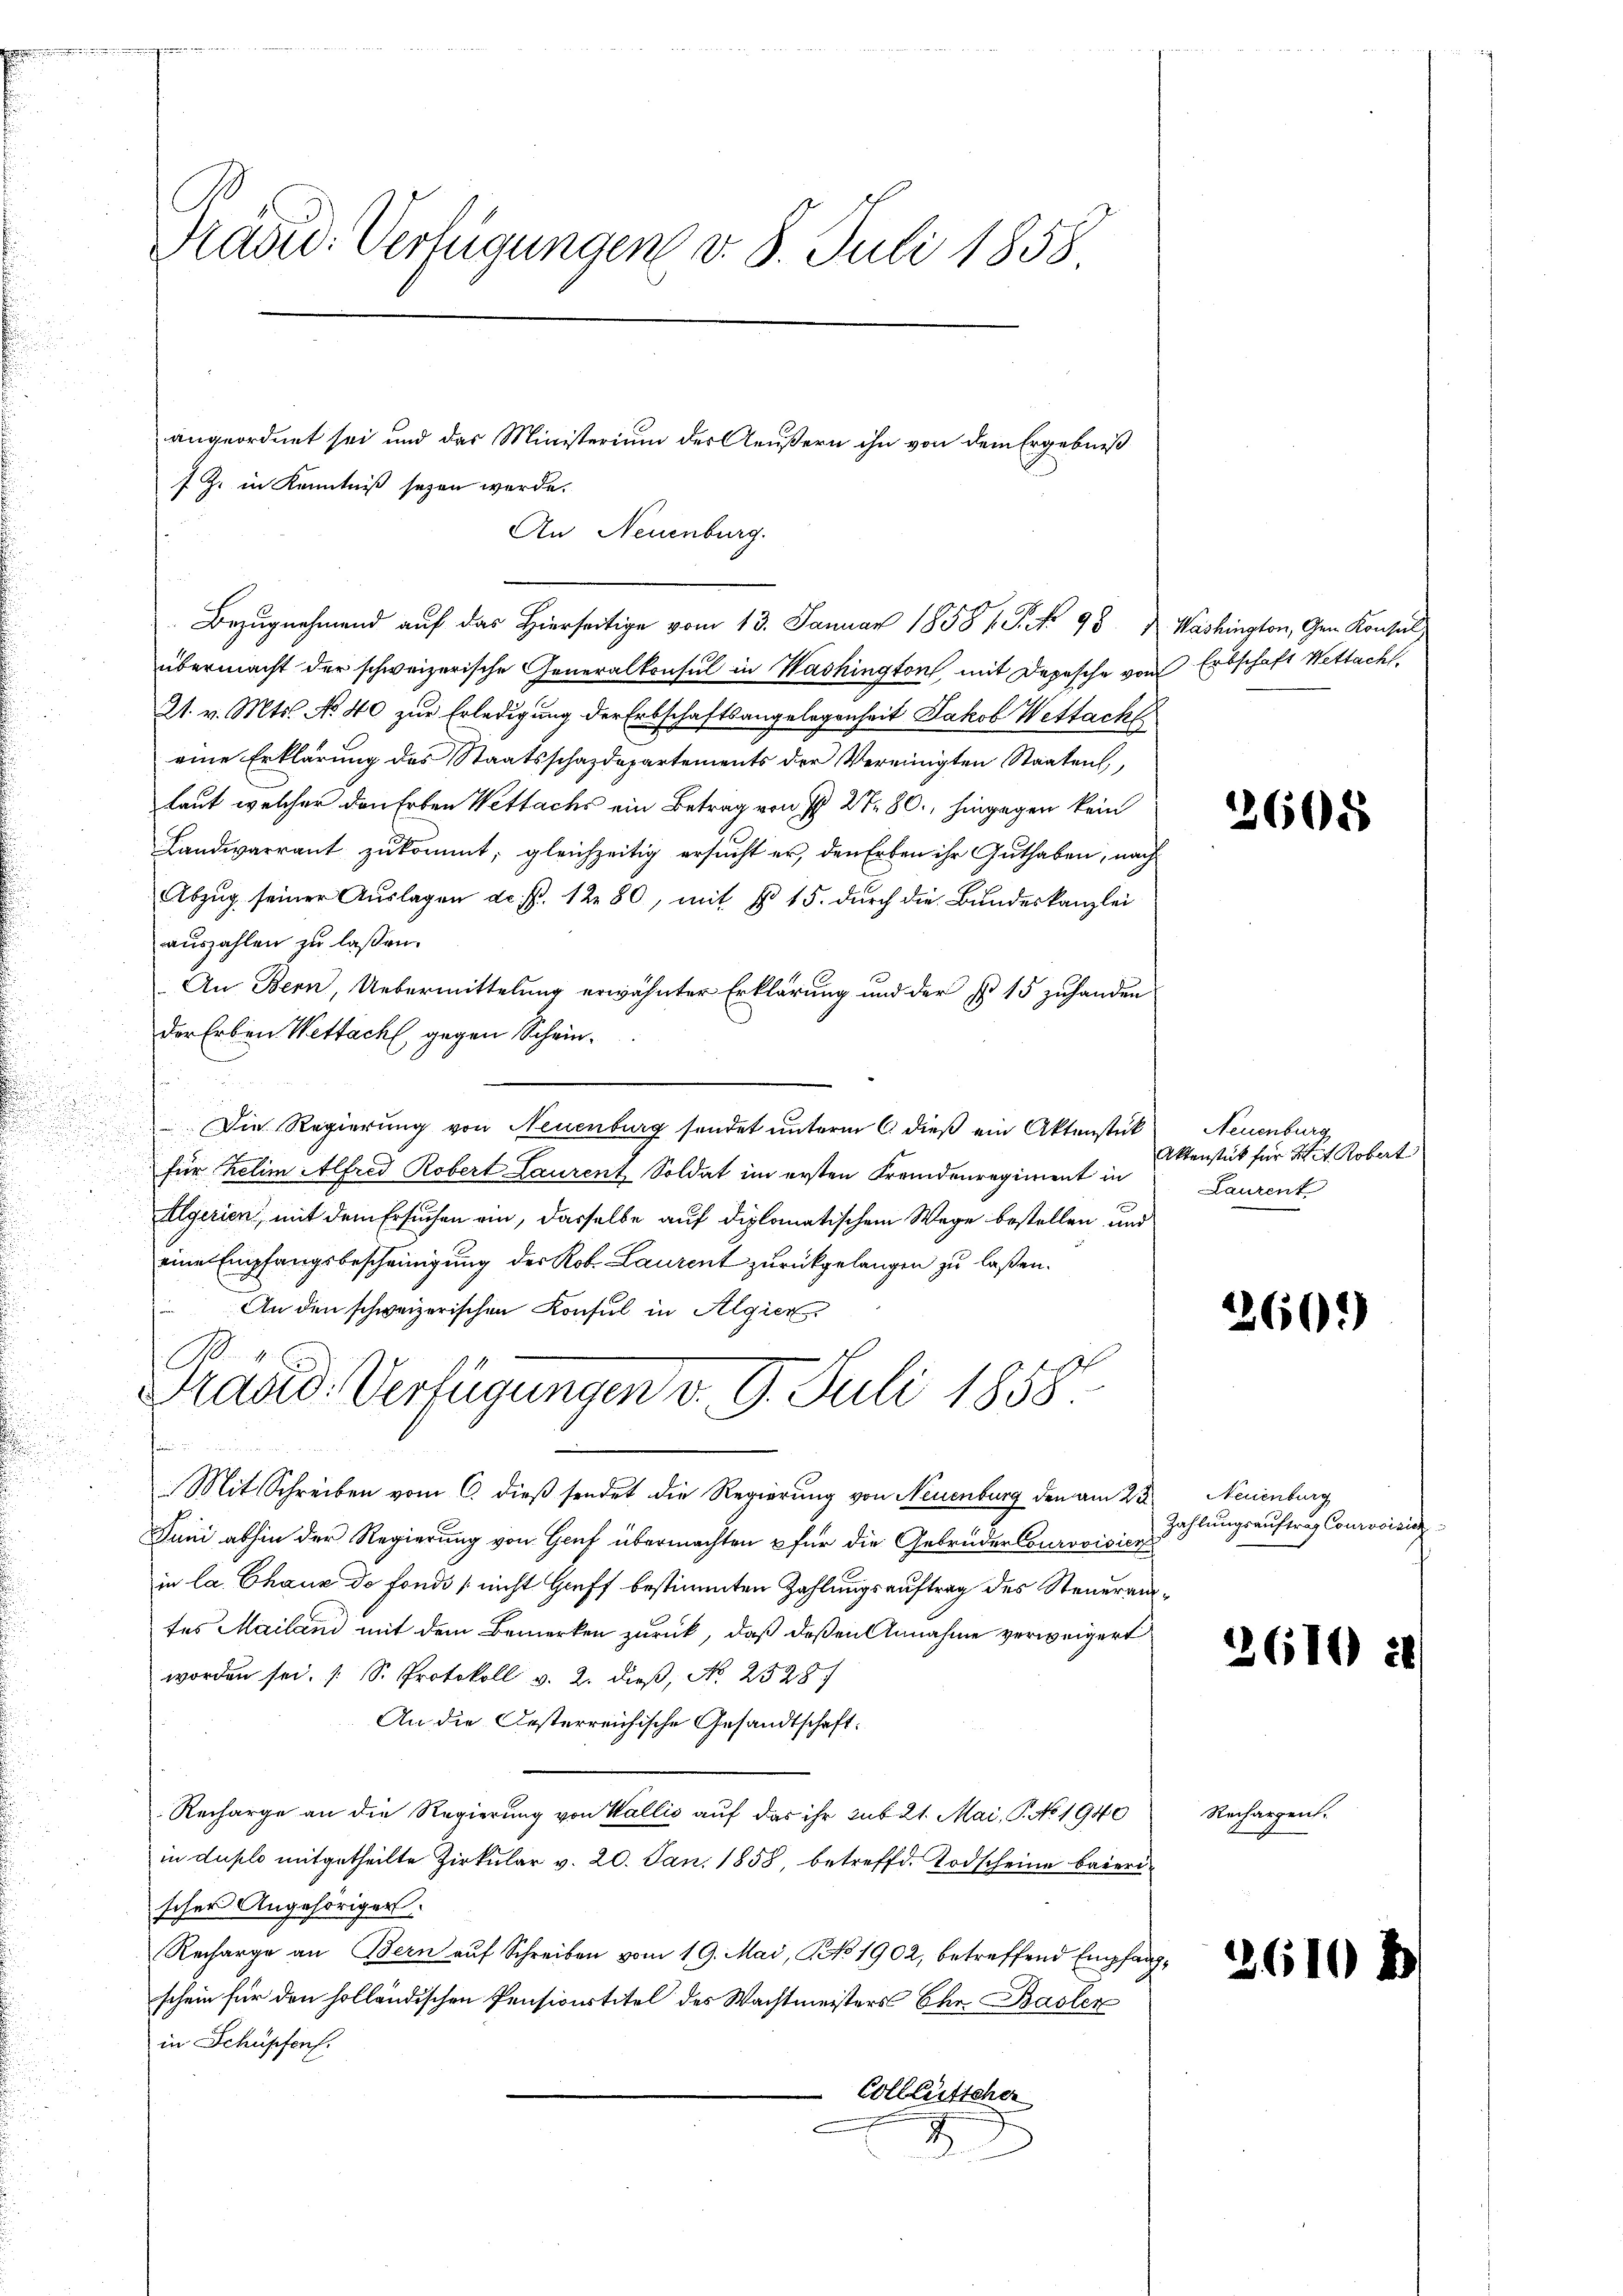
Präsid. Verfügungen v. 8. Juli 1858

angeordnet sei und das Ministerium des Aeußern ihn von dem Ergebniß
7 Z. in Kenntniß seyen werde.
An Neuenburg.
Bezugnehmend auf das Hierseitige vom 13. Januar 1858 1. P. Nr. 95  Washington, den Konsul
übermacht der schweizerische Generalkonsul in Washington, mit Depesche von Erbschaft Wettacht,
21. v. Mts. No 40 zur Erledigung der Erbschaftsangelegenheit Jakob Wettacht
eine Erklärung des Staatsschazdepartements der Vereinigten Staaten,
laut welcher den Erben Wettachs ein Betrag von §§ 27 80., hingegen kein
Landearrant zukommt; gleichzeitig ersucht er, den Erben ihr Guthaben, nach
Abzŭg seiner Aŭslagen de fr. 1280, mit No 15. durch die Bundeskanzlei
auszahlen zu lassen.
An Bern, Uebermittelung erwähnter Erklärung und der No 15 zuhanden
der Erben Wettacht, gegen Schein¬
u
Die Regierung von Neuenburg sendet unterm 6. dieß ein Aktenstück
für Relim Alfred Robert Laurent Soldat im ersten Fremdenregiment in
Algerien, mit dem Ersuchen ein, dasselbe auf diplomatischem Wege bestellen und
eine Empfangsbescheinigung der Rob. Laurent zurückgelangen zu laßen.
An den schweizerischen Konsul in Algier
B
Prasid. Verfügungen d. 9. Juli 1858.
Mit Schreiben vom 6. dieß sendet die Regierung von Neuenburg den am 23. Neuenburg
Juni abhin der Regierung von Genf übermachten & für die Gebrüder Courovisier
in la Chaux de fonds nicht Greff bestimmten Zahlungsauftrag des Steuerantes Mailand mit dem Bemerken zurück, daß deßen Annahme verweigert
worden sei. S. Protokoll v. 2. dieß, No 2528
An die Oesterreichische Gesandtschaft:
Recharge an die Regierung von Wallis auf das ihr sub 21. Mai, P. No 1940
in duplo mitgetheilte Zirkular v. 20. Jan. 1858, betreffd. Todscheine baierischer Angehöriger.
Recharge an Bern auf Schreiben vom 19. Mai, NNo. 1902, betreffend Empfangschein für den holländischen Pensionstitel des Wachtmeisters Chr. Basler
in Schüpfenf
Colleütscher
2

2608

Neuenburg
Aktenstück für 2 t Robert
Laurent

2602)

Zahlungsauftrag Courvoisiez

2610

Rechargen.

2610